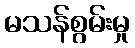
မသန်စွမ်းမှု